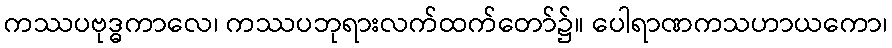
ကဿပဗုဒ္ဓကာလေ၊ ကဿပဘုရားလက်ထက်တော်၌။ ပေါရာဏကသဟာယကော၊